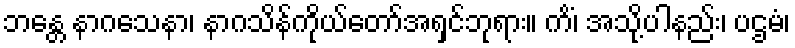
ဘန္တေ နာဂသေနာ၊ နာဂသိန်ကိုယ်တော်အရှင်ဘုရား။ ကိံ၊ အသို့ပါနည်း၊ ပဌမံ၊